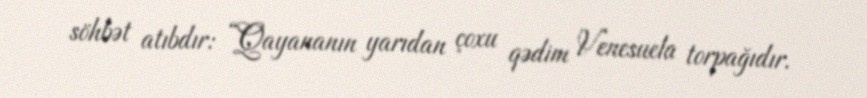
söhbət atıbdır: “Qayananın yarıdan çoxu qədim Venesuela torpağıdır.